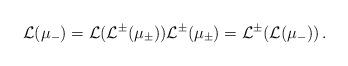
LaTeX: \begin{align*}\cal L(\mu_\Gamma) = \cal L(L^\Sigma(\mu_\Sigma)) L^\Sigma(\mu_\Sigma) = L^\Sigma(\cal L(\mu_\Gamma)) \, .\end{align*}